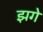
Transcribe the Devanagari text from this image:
झगे